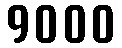
9000